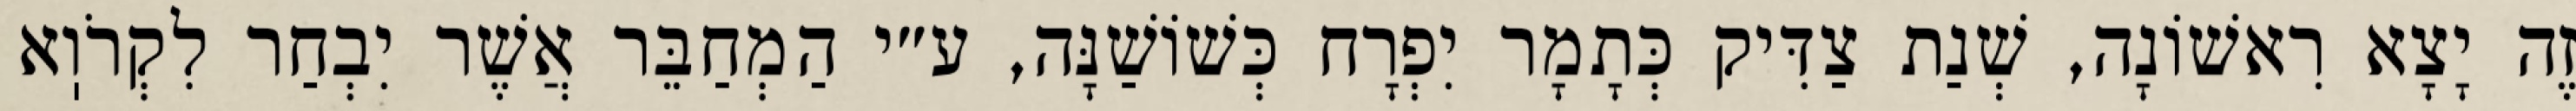
זֶה יָצָא רִאשׁוֹנָה, שְׁנַת צַדִּיק כְּתָמָר יִפְרָח כְּשׁוֹשַׁנָּה, ע״י הַמְחַבֵּר אֲשֶׁר יִבְחַר לִקְרֹוֽא